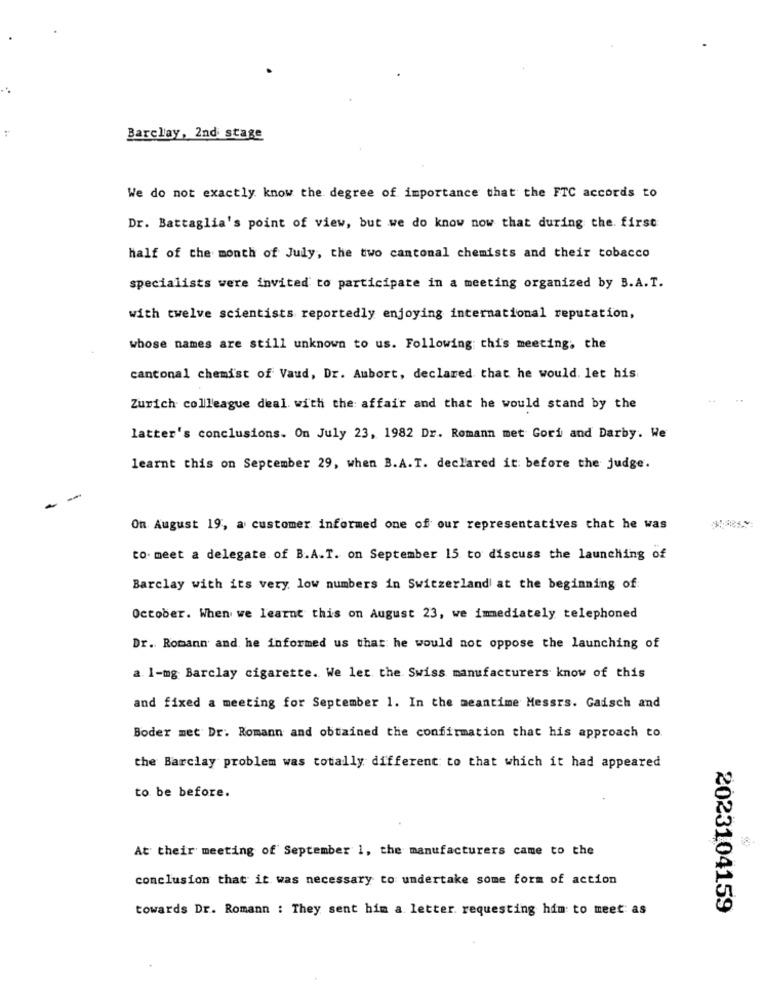
Barclay, 2nd stage
We do not exactly know the degree of importance that the FTC accords to
Dr. Battaglia's point of view, but we do know now that during the. first
half of the month of July, the two cantonal chemists and their tobacco
specialists were invited to participate in a meeting organized by B.A.T.
with twelve scientists reportedly enjoying international reputation,
whose names are still unknown to us. Following this meeting. the
cantonal chemist of Vaud, Dr. Aubort, declared that he would. let his
Zurich colleague deal with the affair and that he would stand by the
latter's conclusions. On July 23, 1982 Dr. Romann met Gori and Darby. We
learnt this on September 29, when B.A.T. declared it before the judge.
On August 19, a customer informed one of our representatives that he was
to. meet a delegate of B.A.T. on September 15 to discuss the launching of
Barclay with its very low numbers in Switzerland at the beginning of:
October. When we learnt this on August 23, we immediately telephoned
Dr. Romann and he informed us that he would not oppose the launching of
a. 1-mg Barclay cigarette. We ler the Swiss manufacturers know of this
and fixed a meeting for September 1. In the meantime Messrs. Gadsch and
Boder met Dr. Romann and obtained the confirmation that his approach to.
the Barclay problem was totally different to that which it had appeared
to be before.
At their meeting of September 1, the manufacturers came to the
conclusion that it was necessary to undertake some form of action
towards Dr. Romann : They sent him a letter. requesting him to meet as
2023104159